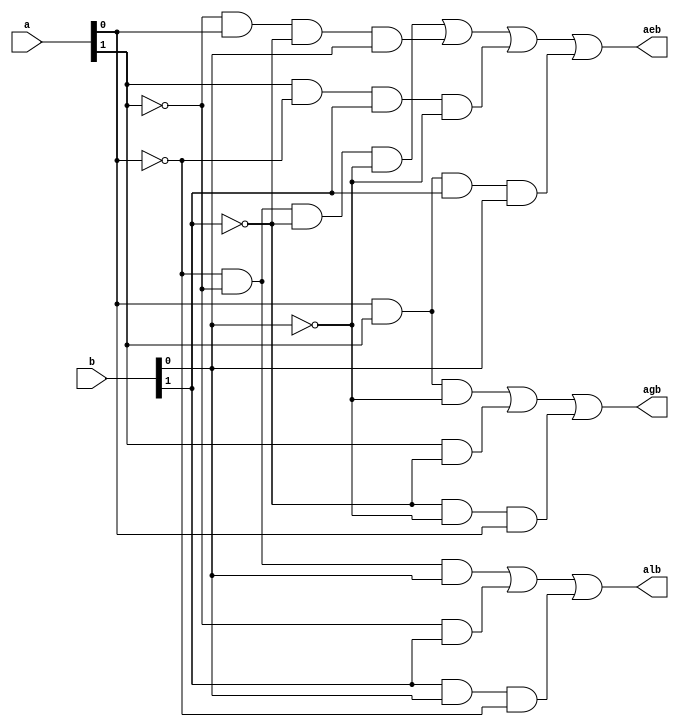

module comparator_beh(
    input [1:0] a, b,
    output reg alb, aeb, agb
);

    always @ (a, b)
    begin
    alb = (~a[0] & ~a[1] & b[0]) | (~a[1] & b[1]) | (b[1] & b[0] & ~a[0]);
    agb = (a[0] & a[1] & ~b[0]) | (a[1] & ~b[1]) | (~b[1] & ~b[0] & a[0]);
    aeb = (~a[1] & ~a[0] & ~b[1] & ~b[0]) |
                 (~a[1] & a[0] & ~b[1] & b[0]) |
                 (a[1] & ~a[0] & b[1] & ~b[0]) |
                 (a[1] & a[0] & b[1] & b[0]);
    end
endmodule

module comparator_beh_tb;
    reg [1:0] a, b;
    wire alb, aeb, agb;
    integer i;
    comparator_beh tb(a, b, alb, aeb, agb);
    initial begin
        for (i=0; i<4; i=i+1) 
            begin
                a = i;
                b = i+1;
                #20;
            end 
        for (i=0; i<4; i=i+1) 
            begin
                a = i;
                b = i;
                #20;
            end
        for (i=0; i<4; i=i+1) 
            begin
                a = i+1;
                b = i;
                #20;
            end
    end
endmodule